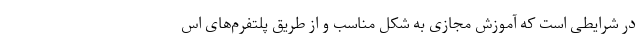
در شرایطی است که آموزش مجازی به شکل مناسب و از طریق پلتفرم‌های اس